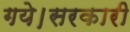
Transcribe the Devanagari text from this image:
गये।सरकारी